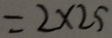
= 2 \times 2 5